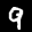
Label: 9